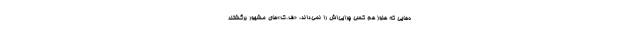
ه‌هایی که هنوز هم کسی چرایی‌اش را نمی‌داند، «ف.ک»های مشهور برگشتند